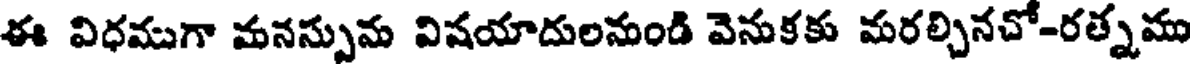
ఈ విధముగా మనస్సును విషయాదులనుండి వెనుకకు మరల్చినచో-రత్నము